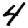
Digit: 4